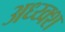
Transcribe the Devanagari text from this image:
अध्य्क्श